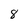
Character: 8